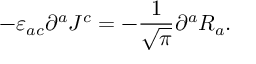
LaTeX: - \varepsilon _ { a c } \partial ^ { a } J ^ { c } = - \frac { 1 } { \sqrt { \pi } } \partial ^ { a } R _ { a } .